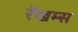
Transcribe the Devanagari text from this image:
रॅखम्स